Indian Civil Veterinary Department memoirs
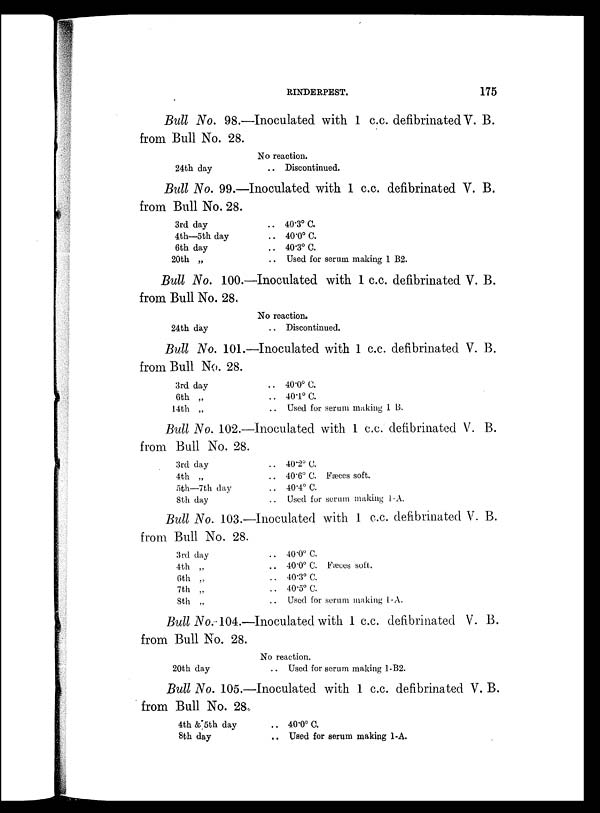
RINDERPEST.
175
Bull No. 98.—Inoculated with 1 c.c. defibrinated V. B.
from Bull No. 28.
24th day
No reaction.
.. Discontinued.
Bull No. 99.—Inoculated with 1 c.c. defibrinated V. B.
from Bull No. 28.
3rd day
4th—5th day
6th day
20th „
.. 40.3º C.
.. 40.0º C.
.. 40.3º C.
.. Used for serum making 1 B2.
Bull No. 100.—Inoculated with 1 c.c. defibrinated V. B.
from Bull No. 28.
24th day
No reaction.
.. Discontinued.
Bull No. 101.—Inoculated with 1 c.c. defibrinated V. B.
from Bull No. 28.
3rd day
6th „
14th „
.. 40.0º C.
.. 40.1º C.
Used for serum making 1 B.
Bull No. 102.—Inoculated with 1 c.c. defibrinated V. B.
from Bull No. 28.
3rd day
4th „
5th—7th day
8th day
.. 40.2º C.
.. 40.6º C. Fæces soft.
.. 40.4º C.
.. Used for serum making 1-A.
Bull No. 103.—Inoculated with 1 c.c. defibrinated V. B.
from Bull No. 28.
3rd day
4th „
6th „
7th „
8th „
.. 40.0º C.
.. 40.0º C. Fæces soft.
.. 40.3º C.
.. 40.5º C.
Used for serum making 1-A.
Bull No. 104.—Inoculated with 1 c.c. defibrinated V. B.
from Bull No. 28.
20th day
No reaction.
.. Used for serum making 1-B2.
Bull No. 105.—Inoculated with 1 c.c. defibrinated V. B.
from Bull No. 28,
4th & 5th day
8th day
.. 40.0º C.
.. Used for serum making 1-A.